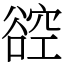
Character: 谾